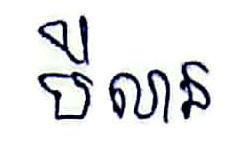
បីលាន